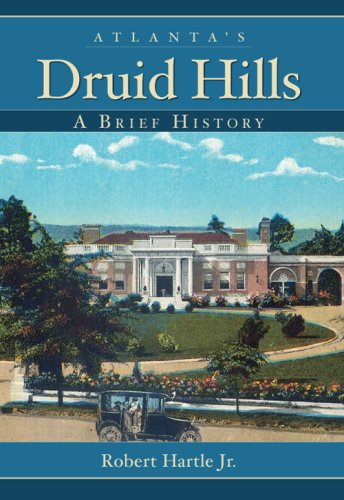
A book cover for Atlanta's Druid Hills:: A Brief History; Robert Hartle Jr.; Religion & Spirituality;